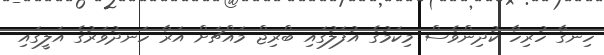
ހިނގާ ހުރިހާ ކުދިންވެސް މިކަމުގެ އުފަލުގައި ބްރިޖް މައްޗަށް އަރާ ހަނދުވަރުގެ އަލީގައި